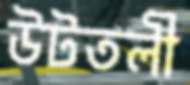
উটতলী